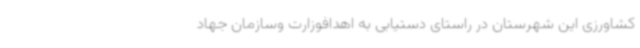
کشاورزی این شهرستان در راستای دستیابی به اهدافوزارت وسازمان جهاد